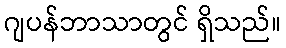
ဂျပန်ဘာသာတွင် ရှိသည်။